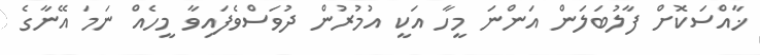
ޚާއްސަކޮށް ފާލުބަލަން އަންނަ މީހާ އަކީ އުމުރުން ދުވަސްވެފައިވާ މީހެއް ނަމަ އޭނާގެ